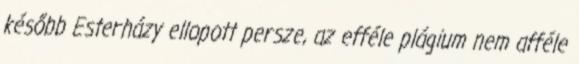
később Esterházy ellopott persze, az efféle plágium nem afféle